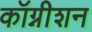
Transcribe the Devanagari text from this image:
कॉग्नीशन